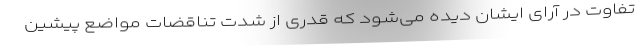
تفاوت در آرای ایشان دیده می‌شود که قدری از شدت تناقضات مواضع پیشین